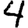
Digit: 4